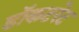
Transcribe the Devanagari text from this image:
डॉकटरेट